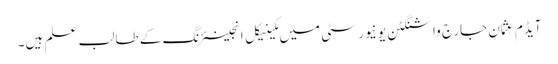
آیڈم عثمان جارج واشنگٹن یو نیورسٹی میں مکینیکل انجینئرنگ کے طالب علم ہیں۔